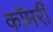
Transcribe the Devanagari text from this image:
कॉमरी